Indian journal of veterinary science and animal husbandry - Volumes 15-17, 1948-1951
Year: 1948
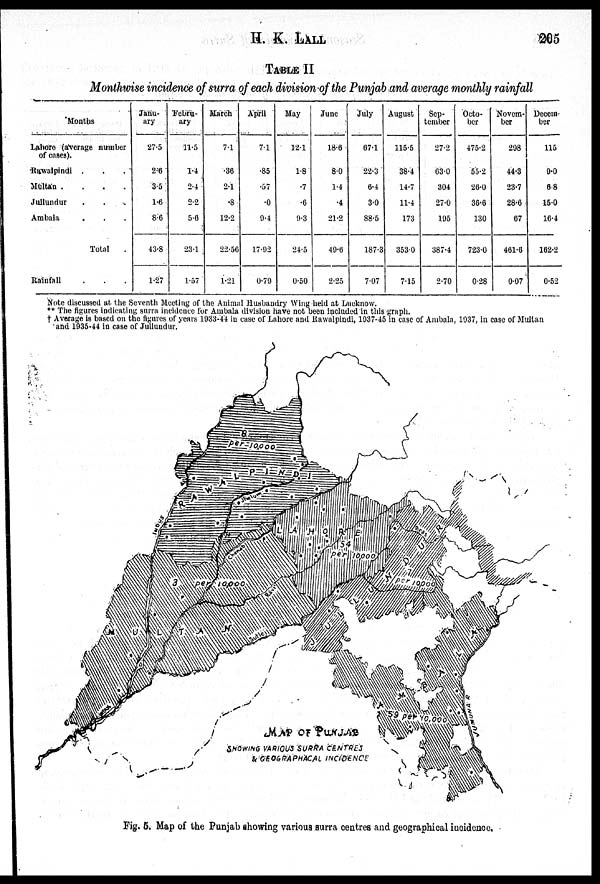
H. K.
LALL
205
TABLE II
Monthwise incidence of surra of each division of the Punjab and average monthly rainfall
Months
Lahore (average number
of cases).
Rawalpindi . . .
Multan . . .
Jullundur . . .
Ambala . . .
Total .
Rainfall . . .
Janu-
ary
27.5
2.6
3.5
1.6
8.6
43.8
1.27
Febru-
ary
11.5
1.4
2.4
2.2
5.6
23.1
1.57
March
7.1
.36
2.1
.8
12.2
22.56
1.21
April
7.1
.85
.57
.0
9.4
17.92
0.79
May
12.1
1.8
.7
.6
9.3
24.5
0.50
June
18.6
8.0
1.4
.4
21.2
49.6
2.25
July
67.1
22.3
6.4
3.0
88.5
187.3
7.07
August
115.5
38.4
14.7
11.4
173
353.0
7.15
Sep-
tember
27.2
63.0
304
27.0
195
387.4
2.70
Octo-
ber
475.2
55.2
26.0
36.6
130
723.0
0.28
Novem-
ber
298
44.3
23.7
28.6
67
461.6
0.07
Decem-
ber
115
9.0
6.8
15.0
16.4
162.2
0.52
Note discussed at, the Seventh Meeting of the Animal Husbandry Wing held at Lucknow.
** The figures indicating surra incidence for Ambala division have not been included in this graph.
† Average is based on the figures of years 1933-44 in case of Lahore and Rawalpindi, 1937-45 in case of Ambala, 1937, in case of Multan
and 1935-44 in case of Jullundur.
Fig. 5. Map of the Punjab showing various surra centres and geographical incidence.